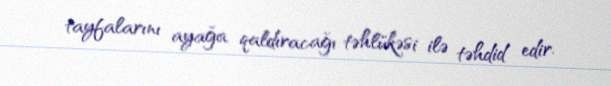
tayfalarını ayağa qaldıracağı təhlükəsi ilə təhdid edir.